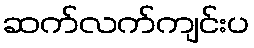
ဆက်လက်ကျင်းပ